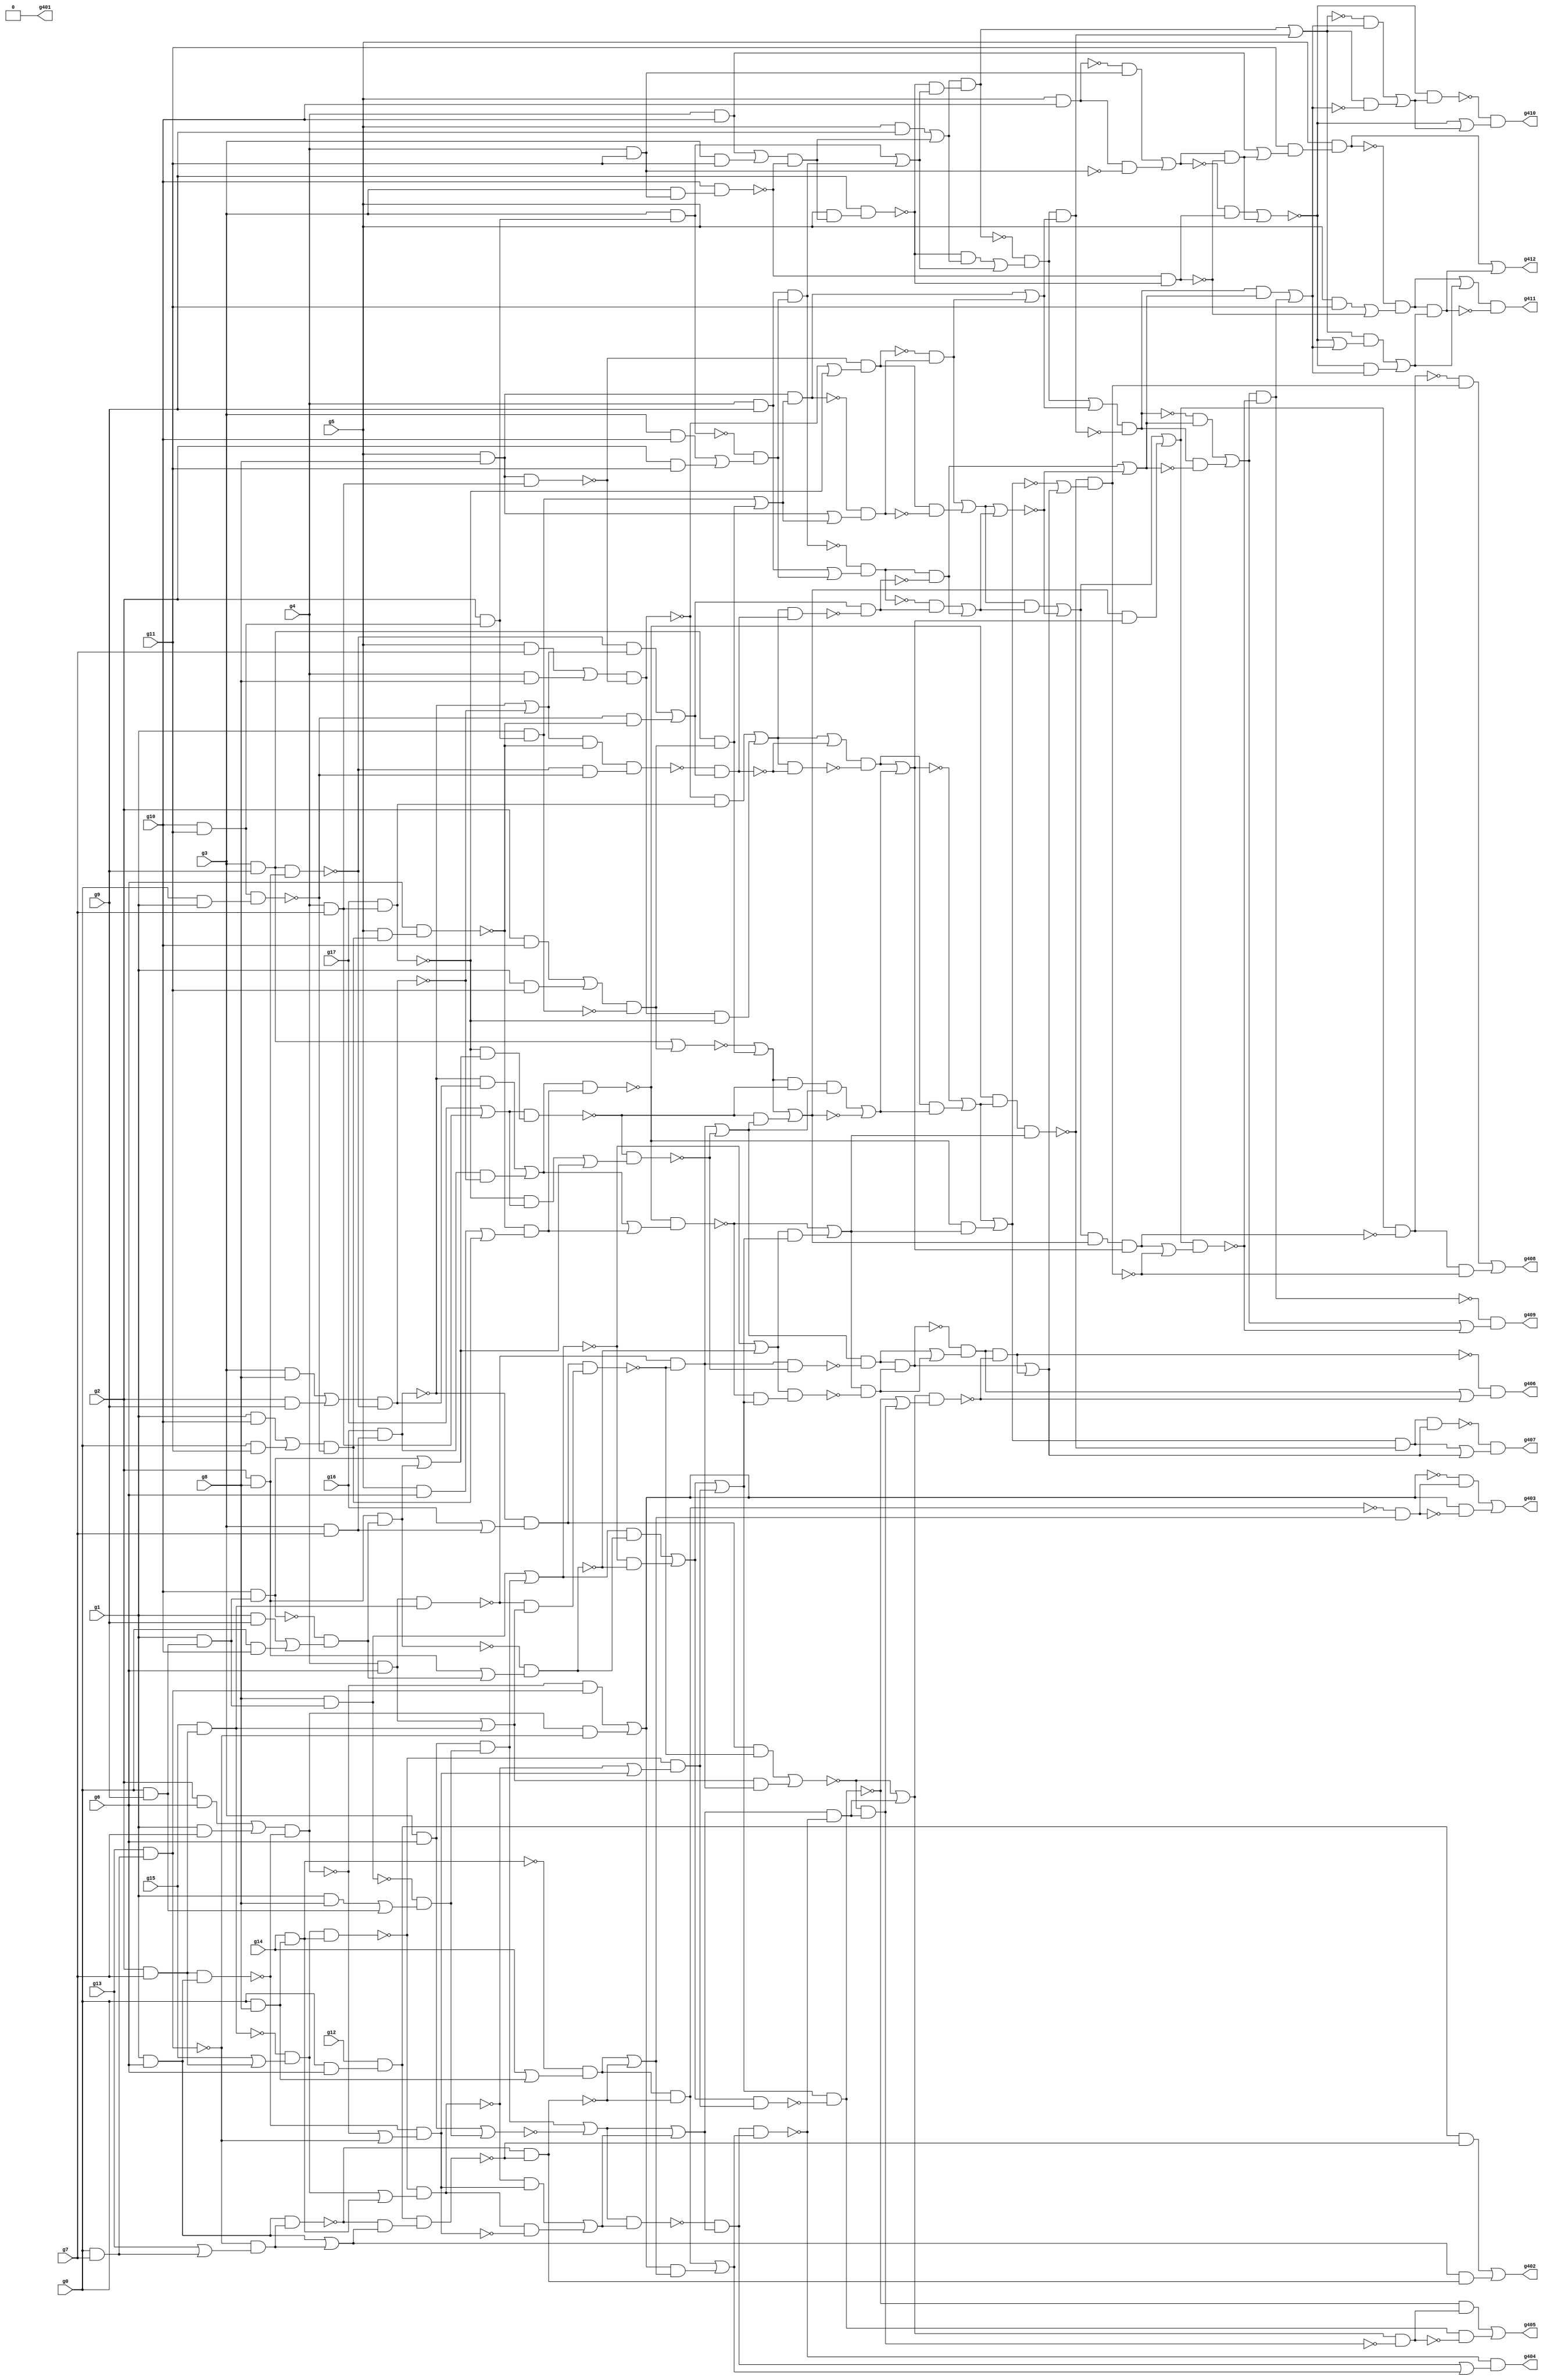
// Benchmark "circuit" written by ABC on Mon Apr 11 23:45:40 2022

module circuit ( 
    g0, g1, g2, g3, g4, g5, g6, g7, g8, g9, g10, g11, g12, g13, g14, g15,
    g16, g17,
    g412, g411, g410, g409, g408, g407, g406, g405, g404, g403, g402, g401  );
  input  g0, g1, g2, g3, g4, g5, g6, g7, g8, g9, g10, g11, g12, g13, g14,
    g15, g16, g17;
  output g412, g411, g410, g409, g408, g407, g406, g405, g404, g403, g402,
    g401;
  wire g18, g19, g20, g21, g22, g23, g24, g25, g26, g27, g28, g29, g30, g31,
    g32, g33, g34, g35, g36, g37, g38, g39, g40, g41, g42, g43, g44, g45,
    g46, g47, g48, g49, g50, g51, g52, g53, g54, g55, g56, g57, g58, g59,
    g60, g61, g62, g63, g64, g65, g66, g67, g68, g69, g70, g71, g72, g73,
    g74, g75, g76, g77, g78, g79, g80, g81, g82, g83, g84, g85, g86, g87,
    g88, g89, g90, g91, g92, g93, g94, g95, g96, g97, g98, g99, g100, g101,
    g102, g103, g104, g105, g106, g107, g108, g109, g110, g111, g112, g113,
    g114, g115, g116, g117, g118, g119, g120, g121, g122, g123, g124, g125,
    g126, g127, g128, g129, g130, g131, g132, g133, g134, g135, g136, g137,
    g138, g139, g140, g141, g142, g143, g144, g145, g146, g147, g148, g149,
    g150, g151, g152, g153, g154, g155, g156, g157, g158, g159, g160, g161,
    g162, g163, g164, g165, g166, g167, g168, g169, g170, g171, g172, g173,
    g174, g175, g176, g177, g178, g179, g180, g181, g182, g183, g184, g185,
    g186, g187, g188, g189, g190, g191, g192, g193, g194, g195, g196, g197,
    g198, g199, g200, g201, g202, g203, g204, g205, g206, g207, g208, g209,
    g210, g211, g212, g213, g214, g215, g216, g217, g218, g219, g220, g221,
    g222, g223, g224, g225, g226, g227, g228, g229, g230, g231, g232, g233,
    g234, g235, g236, g237, g238, g239, g240, g241, g242, g243, g244, g245,
    g246, g247, g248, g249, g250, g251, g252, g253, g254, g255, g256, g257,
    g258, g259, g260, g261, g262, g263, g264, g265, g266, g267, g268, g269,
    g270, g271, g272, g273, g274, g275, g276, g277, g278, g279, g280, g281,
    g282, g283, g284, g285, g286, g287, g288, g289, g290, g291, g292, g293,
    g294, g295, g296, g297, g298, g299, g300, g301, g302, g303, g304, g305,
    g306, g307, g308, g309, g310, g311, g312, g313, g314, g315, g316, g317,
    g318, g319, g320, g321, g322, g323, g324, g325, g326, g327, g328, g329,
    g330, g331, g332, g333, g334, g335, g336, g337, g338, g339, g340, g341,
    g342, g343, g344, g345, g346, g347, g348, g349, g350, g351, g352, g353,
    g354, g355, g356, g357, g358, g359, g360, g361, g362, g363, g364, g365,
    g366, g367, g368, g369, g370, g371, g372, g373, g374, g375, g376, g377,
    g378, g379, g380, g381, g382, g383, g384, g385, g386, g387, g388, g389,
    g390, g391, g392, g393, g394, g395, g396, g397, g398, g399, g400;
  assign g18 = g10 & g11;
  assign g19 = g5 & g10;
  assign g20 = ~g19;
  assign g21 = g5 & g11;
  assign g22 = g5 & g7;
  assign g23 = g5 & g8;
  assign g24 = g5 & g6;
  assign g25 = g5 & g9;
  assign g26 = g4 & g11;
  assign g27 = g20 & g26;
  assign g28 = ~g26;
  assign g29 = g19 & g28;
  assign g30 = g27 | g29;
  assign g31 = ~g30;
  assign g32 = g4 & g10;
  assign g33 = g4 & g8;
  assign g34 = g22 | g33;
  assign g35 = g4 & g7;
  assign g36 = g23 & g35;
  assign g37 = ~g36;
  assign g38 = g34 & g37;
  assign g39 = ~g38;
  assign g40 = g17 & g35;
  assign g41 = g39 & g40;
  assign g42 = ~g40;
  assign g43 = g38 & g42;
  assign g44 = g41 | g43;
  assign g45 = g39 | g42;
  assign g46 = g37 & g45;
  assign g47 = ~g46;
  assign g48 = g17 | g35;
  assign g49 = g42 & g48;
  assign g50 = g4 & g6;
  assign g51 = g4 & g9;
  assign g52 = g3 & g11;
  assign g53 = g32 | g52;
  assign g54 = g3 & g26;
  assign g55 = g10 & g54;
  assign g56 = ~g55;
  assign g57 = g53 & g56;
  assign g58 = g5 & g57;
  assign g59 = g9 & g58;
  assign g60 = ~g59;
  assign g61 = g25 | g57;
  assign g62 = g60 & g61;
  assign g63 = g56 & g60;
  assign g64 = g31 & g63;
  assign g65 = ~g63;
  assign g66 = g30 & g65;
  assign g67 = g32 | g66;
  assign g68 = g11 & g67;
  assign g69 = g5 & g68;
  assign g70 = ~g69;
  assign g71 = g64 | g66;
  assign g72 = ~g71;
  assign g73 = g21 | g65;
  assign g74 = g70 & g73;
  assign g75 = g3 & g7;
  assign g76 = g16 & g75;
  assign g77 = ~g76;
  assign g78 = g16 | g75;
  assign g79 = g77 & g78;
  assign g80 = g3 & g8;
  assign g81 = g3 & g9;
  assign g82 = g3 & g10;
  assign g83 = g3 & g6;
  assign g84 = g2 & g9;
  assign g85 = g80 | g84;
  assign g86 = g2 & g8;
  assign g87 = g81 & g86;
  assign g88 = ~g87;
  assign g89 = g85 & g88;
  assign g90 = g77 & g89;
  assign g91 = ~g89;
  assign g92 = g77 | g91;
  assign g93 = g76 & g91;
  assign g94 = g90 | g93;
  assign g95 = g88 & g92;
  assign g96 = g2 & g10;
  assign g97 = g2 & g18;
  assign g98 = g3 & g97;
  assign g99 = ~g98;
  assign g100 = g2 & g7;
  assign g101 = g15 & g100;
  assign g102 = g50 & g101;
  assign g103 = ~g102;
  assign g104 = g50 | g101;
  assign g105 = g103 & g104;
  assign g106 = g79 & g105;
  assign g107 = ~g106;
  assign g108 = g103 & g107;
  assign g109 = g79 & g107;
  assign g110 = g104 & g108;
  assign g111 = g109 | g110;
  assign g112 = ~g111;
  assign g113 = ~g101;
  assign g114 = g15 | g100;
  assign g115 = g113 & g114;
  assign g116 = g2 & g11;
  assign g117 = g82 | g116;
  assign g118 = g99 & g117;
  assign g119 = g51 & g118;
  assign g120 = g98 | g119;
  assign g121 = g60 & g120;
  assign g122 = g61 & g121;
  assign g123 = ~g122;
  assign g124 = g62 | g120;
  assign g125 = g123 & g124;
  assign g126 = ~g119;
  assign g127 = g51 | g118;
  assign g128 = g126 & g127;
  assign g129 = ~g128;
  assign g130 = g2 & g6;
  assign g131 = g1 & g10;
  assign g132 = g1 & g11;
  assign g133 = g96 | g132;
  assign g134 = g1 & g97;
  assign g135 = ~g134;
  assign g136 = g133 & g135;
  assign g137 = g81 | g136;
  assign g138 = ~g137;
  assign g139 = g81 & g136;
  assign g140 = g138 | g139;
  assign g141 = g134 | g139;
  assign g142 = g23 & g141;
  assign g143 = ~g142;
  assign g144 = g23 | g141;
  assign g145 = g143 & g144;
  assign g146 = g47 & g145;
  assign g147 = g142 | g146;
  assign g148 = g125 | g147;
  assign g149 = g125 & g147;
  assign g150 = g122 | g149;
  assign g151 = ~g150;
  assign g152 = ~g149;
  assign g153 = g148 & g152;
  assign g154 = ~g153;
  assign g155 = ~g145;
  assign g156 = g46 & g155;
  assign g157 = g146 | g156;
  assign g158 = g1 & g9;
  assign g159 = g1 & g8;
  assign g160 = g1 & g7;
  assign g161 = g130 | g160;
  assign g162 = g1 & g6;
  assign g163 = g100 & g162;
  assign g164 = ~g163;
  assign g165 = g161 & g164;
  assign g166 = ~g165;
  assign g167 = g0 & g6;
  assign g168 = 1'b0;
  assign g169 = g12 & g167;
  assign g170 = 1'b0;
  assign g171 = 1'b0;
  assign g172 = g0 & g11;
  assign g173 = g131 | g172;
  assign g174 = g0 & g1;
  assign g175 = g18 & g174;
  assign g176 = ~g175;
  assign g177 = g173 & g176;
  assign g178 = g5 & g177;
  assign g179 = g6 & g178;
  assign g180 = ~g179;
  assign g181 = g92 & g180;
  assign g182 = g24 | g177;
  assign g183 = g180 & g182;
  assign g184 = g94 & g183;
  assign g185 = ~g184;
  assign g186 = g94 | g183;
  assign g187 = g185 & g186;
  assign g188 = ~g187;
  assign g189 = g88 & g176;
  assign g190 = g181 & g189;
  assign g191 = ~g190;
  assign g192 = g176 & g180;
  assign g193 = g95 | g192;
  assign g194 = g191 & g193;
  assign g195 = g44 & g194;
  assign g196 = ~g195;
  assign g197 = ~g194;
  assign g198 = g44 | g197;
  assign g199 = g44 & g197;
  assign g200 = ~g199;
  assign g201 = g198 & g200;
  assign g202 = g193 & g196;
  assign g203 = g129 & g202;
  assign g204 = ~g202;
  assign g205 = g128 & g204;
  assign g206 = g203 | g205;
  assign g207 = g157 & g206;
  assign g208 = g157 | g206;
  assign g209 = ~g208;
  assign g210 = g207 | g209;
  assign g211 = g205 | g209;
  assign g212 = g154 & g211;
  assign g213 = g153 & g211;
  assign g214 = ~g211;
  assign g215 = g153 & g214;
  assign g216 = g212 | g215;
  assign g217 = g0 & g9;
  assign g218 = g1 & g217;
  assign g219 = g10 & g218;
  assign g220 = ~g219;
  assign g221 = g8 & g218;
  assign g222 = ~g221;
  assign g223 = g159 | g217;
  assign g224 = g222 & g223;
  assign g225 = g83 & g224;
  assign g226 = g221 | g225;
  assign g227 = ~g226;
  assign g228 = g83 | g224;
  assign g229 = ~g228;
  assign g230 = g225 | g229;
  assign g231 = g0 & g10;
  assign g232 = g158 | g231;
  assign g233 = g220 & g232;
  assign g234 = g86 & g233;
  assign g235 = g219 | g234;
  assign g236 = g42 & g235;
  assign g237 = g48 & g236;
  assign g238 = ~g237;
  assign g239 = g140 & g238;
  assign g240 = g49 | g235;
  assign g241 = g238 & g240;
  assign g242 = ~g241;
  assign g243 = g108 | g242;
  assign g244 = g239 & g243;
  assign g245 = g238 & g243;
  assign g246 = g140 | g245;
  assign g247 = g210 & g246;
  assign g248 = ~g246;
  assign g249 = g244 | g248;
  assign g250 = g201 | g249;
  assign g251 = g246 & g250;
  assign g252 = g210 | g251;
  assign g253 = g247 & g250;
  assign g254 = ~g253;
  assign g255 = g252 & g254;
  assign g256 = ~g255;
  assign g257 = ~g250;
  assign g258 = g201 & g249;
  assign g259 = g257 | g258;
  assign g260 = g185 & g259;
  assign g261 = g108 & g242;
  assign g262 = ~g261;
  assign g263 = g243 & g262;
  assign g264 = ~g234;
  assign g265 = g86 | g233;
  assign g266 = g264 & g265;
  assign g267 = g226 & g266;
  assign g268 = ~g266;
  assign g269 = g227 | g268;
  assign g270 = g227 & g268;
  assign g271 = g267 | g270;
  assign g272 = g0 & g8;
  assign g273 = g14 & g272;
  assign g274 = g115 & g273;
  assign g275 = ~g274;
  assign g276 = g115 | g273;
  assign g277 = g275 & g276;
  assign g278 = ~g277;
  assign g279 = ~g273;
  assign g280 = g14 | g272;
  assign g281 = g279 & g280;
  assign g282 = g0 & g7;
  assign g283 = g13 & g282;
  assign g284 = g166 & g283;
  assign g285 = ~g283;
  assign g286 = g166 | g285;
  assign g287 = g164 & g286;
  assign g288 = g278 | g287;
  assign g289 = g275 & g288;
  assign g290 = g271 | g289;
  assign g291 = g269 & g290;
  assign g292 = g188 | g291;
  assign g293 = g185 & g292;
  assign g294 = g259 | g293;
  assign g295 = ~g294;
  assign g296 = g260 & g292;
  assign g297 = ~g296;
  assign g298 = g294 & g297;
  assign g299 = g188 & g290;
  assign g300 = g269 & g299;
  assign g301 = ~g300;
  assign g302 = g292 & g301;
  assign g303 = g263 & g302;
  assign g304 = ~g303;
  assign g305 = g263 | g302;
  assign g306 = g304 & g305;
  assign g307 = g271 & g289;
  assign g308 = ~g307;
  assign g309 = g290 & g308;
  assign g310 = ~g309;
  assign g311 = g278 & g287;
  assign g312 = ~g287;
  assign g313 = g277 & g312;
  assign g314 = g311 | g313;
  assign g315 = g230 & g314;
  assign g316 = ~g315;
  assign g317 = g230 | g314;
  assign g318 = g316 & g317;
  assign g319 = g165 & g285;
  assign g320 = g284 | g319;
  assign g321 = ~g320;
  assign g322 = g13 | g282;
  assign g323 = g285 & g322;
  assign g324 = g162 & g323;
  assign g325 = ~g324;
  assign g326 = g162 | g323;
  assign g327 = g325 & g326;
  assign g328 = g169 & g327;
  assign g329 = ~g328;
  assign g330 = g325 & g329;
  assign g331 = ~g330;
  assign g332 = g281 & g331;
  assign g333 = ~g332;
  assign g334 = g281 | g331;
  assign g335 = g320 & g334;
  assign g336 = g332 | g335;
  assign g337 = g318 & g336;
  assign g338 = ~g337;
  assign g339 = g317 & g338;
  assign g340 = g112 | g339;
  assign g341 = g112 & g339;
  assign g342 = g310 | g341;
  assign g343 = g340 & g342;
  assign g344 = ~g343;
  assign g345 = g306 & g344;
  assign g346 = g303 | g345;
  assign g347 = g295 | g346;
  assign g348 = g297 & g347;
  assign g349 = g256 & g348;
  assign g350 = ~g348;
  assign g351 = g253 | g350;
  assign g352 = g252 & g351;
  assign g353 = ~g352;
  assign g354 = g216 & g353;
  assign g355 = g213 | g354;
  assign g356 = g72 | g355;
  assign g357 = g150 & g356;
  assign g358 = g72 & g355;
  assign g359 = g357 | g358;
  assign g360 = g74 | g359;
  assign g361 = g74 & g359;
  assign g362 = g69 | g361;
  assign g363 = ~g361;
  assign g364 = g360 & g363;
  assign g365 = g151 & g355;
  assign g366 = ~g355;
  assign g367 = g150 & g366;
  assign g368 = g365 | g367;
  assign g369 = g72 & g368;
  assign g370 = ~g369;
  assign g371 = g72 | g368;
  assign g372 = g370 & g371;
  assign g373 = ~g354;
  assign g374 = g216 | g353;
  assign g375 = g373 & g374;
  assign g376 = g255 & g350;
  assign g377 = g349 | g376;
  assign g378 = g298 & g346;
  assign g379 = ~g378;
  assign g380 = g298 | g346;
  assign g381 = g379 & g380;
  assign g382 = ~g345;
  assign g383 = g306 | g344;
  assign g384 = g382 & g383;
  assign g385 = ~g341;
  assign g386 = g340 & g385;
  assign g387 = g310 & g386;
  assign g388 = ~g386;
  assign g389 = g309 & g388;
  assign g390 = g387 | g389;
  assign g391 = g318 | g336;
  assign g392 = g338 & g391;
  assign g393 = g333 & g334;
  assign g394 = g321 & g393;
  assign g395 = ~g393;
  assign g396 = g320 & g395;
  assign g397 = g394 | g396;
  assign g398 = g169 & g329;
  assign g399 = g326 & g330;
  assign g400 = g398 | g399;
  assign g401 = g171;
  assign g402 = g400;
  assign g403 = g397;
  assign g404 = g392;
  assign g405 = g390;
  assign g406 = g384;
  assign g407 = g381;
  assign g408 = g377;
  assign g409 = g375;
  assign g410 = g372;
  assign g411 = g364;
  assign g412 = g362;
endmodule